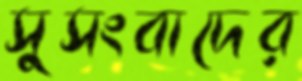
সুসংবাদের